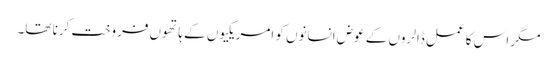
مگر اس کا عمل ڈالروں کے عوض انسانوں کو امریکیوں کے ہاتھوں فروخت کرنا تھا۔